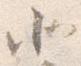
北